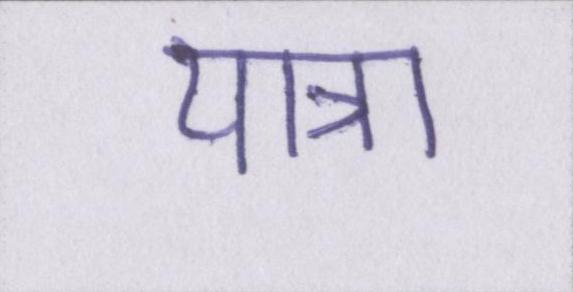
यात्रा